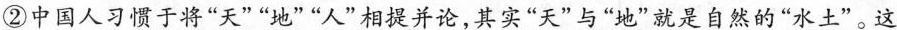
②中国人习惯于将“天”“地””人”相提并论，其实“天”与”地”就是自然的“水土”。这